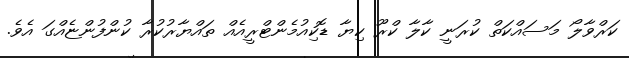
ކަރްވާލޯ މަސައްކަތް ކުރަނީ ކާލާ ކްރޫ ކިޔާ ޑޮކިއުމެންޓްރީއެއް ތައްޔާރުކުރާ ކުންފުންޏެއްގަ އެވެ.